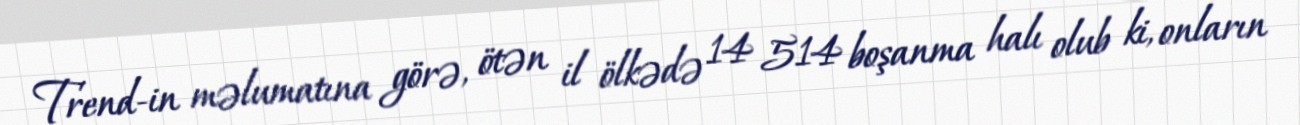
Trend-in məlumatına görə, ötən il ölkədə 14 514 boşanma halı olub ki, onların